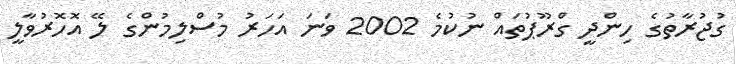
ގުޖުރާތުގެ ހިންދީ ގްރޫޕުތައް ނުކުމެ 2002 ވަނަ އަހަރު މުސްލިމުންގެ ލޭ އޮހޮރުވާލީ